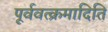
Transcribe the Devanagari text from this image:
पूर्ववत्क्रमादिति